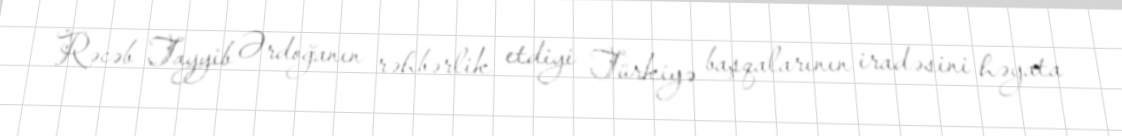
Rəcəb Tayyib Ərdoğanın rəhbərlik etdiyi Türkiyə başqalarının iradəsini həyata